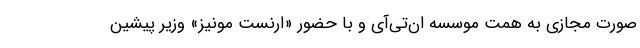
صورت مجازی به همت موسسه ان‌تی‌آی و با حضور «ارنست مونیز» وزیر پیشین